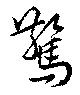
驚